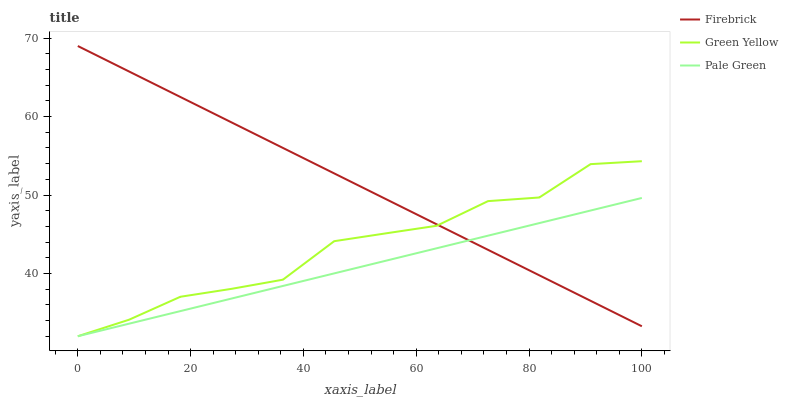
| xaxis_label | Firebrick | Green Yellow | Pale Green |
 | --- | --- | --- | --- |
 | 0 | 69 | 32 | 32 |
 | 9.09 | 65.8 | 34.1 | 33.6 |
 | 18.2 | 62.5 | 37 | 35.2 |
 | 27.3 | 59.3 | 38 | 36.8 |
 | 36.4 | 56 | 39.2 | 38.4 |
 | 45.5 | 52.8 | 44.1 | 40 |
 | 54.5 | 49.5 | 45.1 | 41.6 |
 | 63.6 | 46.3 | 46.1 | 43.2 |
 | 72.7 | 43 | 49.2 | 44.8 |
 | 81.8 | 39.8 | 49.7 | 46.4 |
 | 90.9 | 36.5 | 53.9 | 48 |
 | 100 | 33.3 | 54.3 | 49.6 |